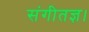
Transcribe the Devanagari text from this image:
संगीतज्ञ।